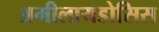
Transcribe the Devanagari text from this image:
अमीलायडोसिस